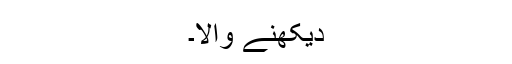
دیکھنے والا۔